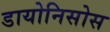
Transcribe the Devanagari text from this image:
डायोनिसोस